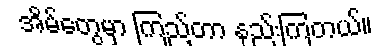
အိမ်တွေမှာ ကြည့်တာ နည်းကြတယ်။